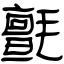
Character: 氈